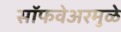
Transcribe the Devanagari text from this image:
सॉफवेअरमुळे